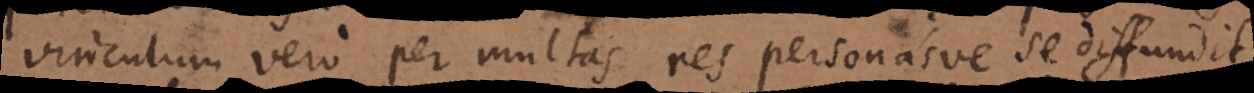
vinculum vero per multas res personasve se diffundit,